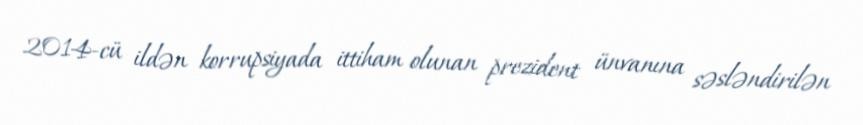
2014-cü ildən korrupsiyada ittiham olunan prezident ünvanına səsləndirilən